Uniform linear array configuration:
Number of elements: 48
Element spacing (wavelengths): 0.75
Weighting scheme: hann
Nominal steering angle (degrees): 15
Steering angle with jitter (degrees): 15.906
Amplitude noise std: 0.05
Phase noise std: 0.05

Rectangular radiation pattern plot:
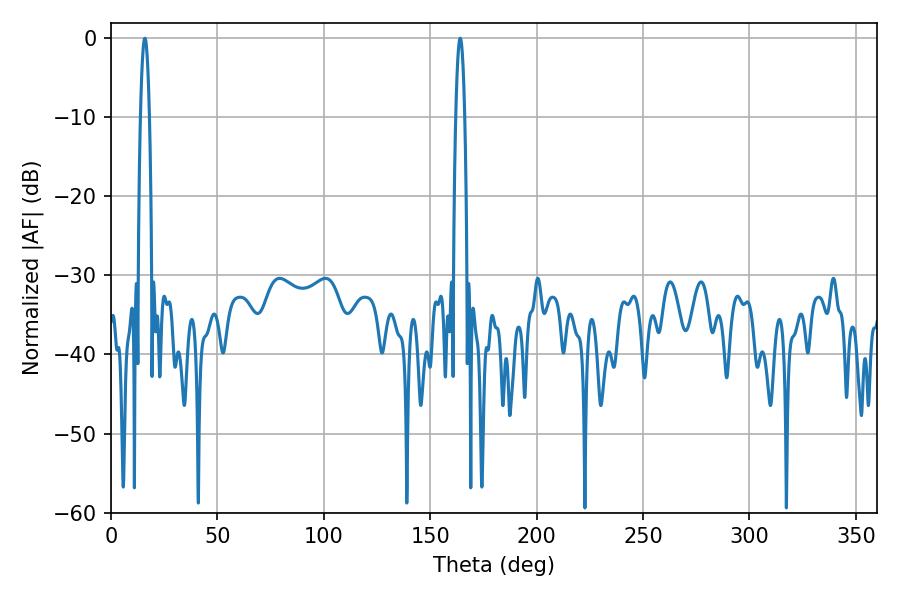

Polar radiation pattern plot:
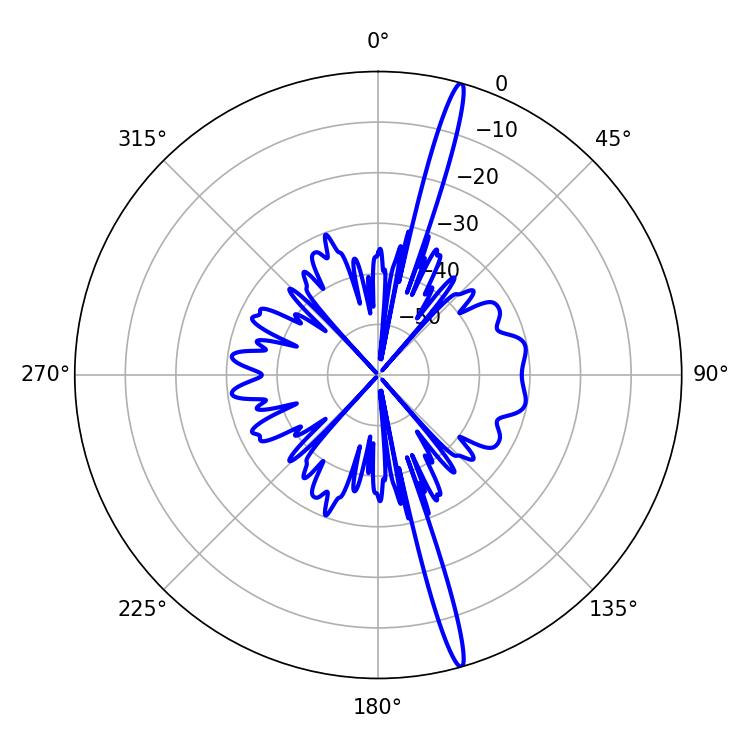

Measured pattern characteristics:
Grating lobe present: TRUE
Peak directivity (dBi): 19.1
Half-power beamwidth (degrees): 2.34
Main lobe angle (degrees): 15.84